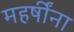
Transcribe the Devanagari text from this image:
महर्षींना